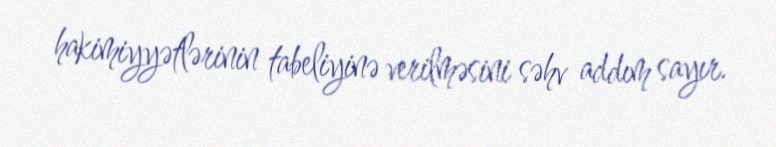
hakimiyyətlərinin tabeliyinə verilməsini səhv addım sayır.